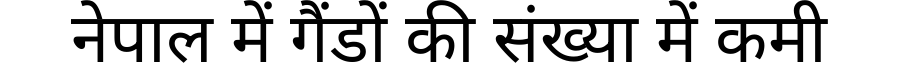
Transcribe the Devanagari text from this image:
नेपाल में गैंडों की संख्या में कमी